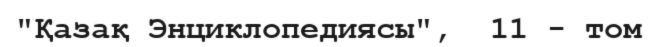
"Қазақ Энциклопедиясы",  11 - том